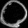
Digit: ၀